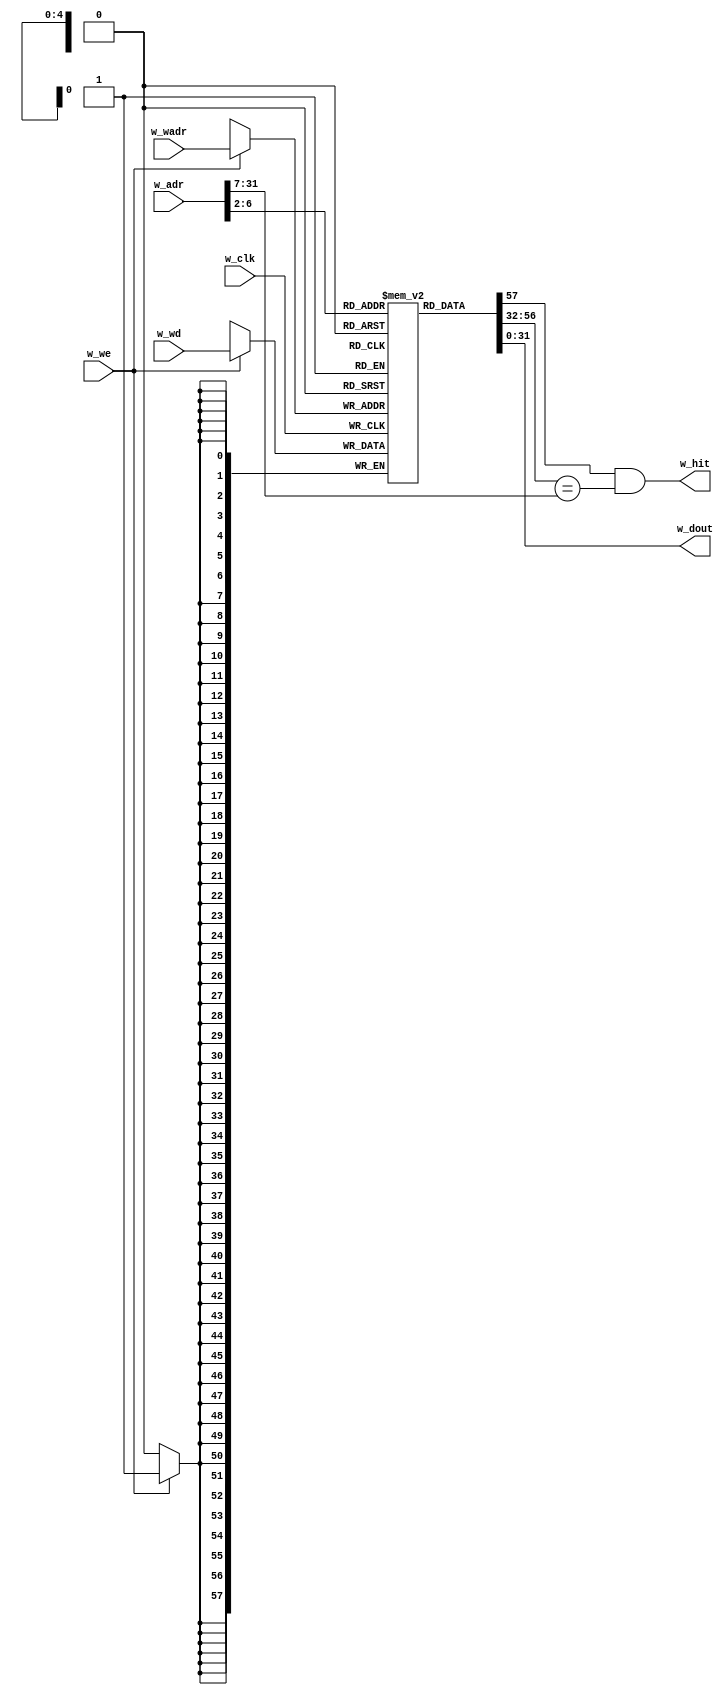
module m_cache1(w_clk, w_adr, w_hit, w_dout, w_wadr, w_we, w_wd);
  input  wire w_clk, w_we;
  input  wire [31:0] w_adr;
  input  wire [4:0] w_wadr;
  input  wire [57:0] w_wd;
  output wire w_hit;
  output wire [31:0] w_dout;
  wire w_v;
  wire [24:0] w_tag;
  reg [57:0] mem [0:31];
  always @(posedge w_clk) if (w_we) mem[w_wadr] <= w_wd;
  assign {w_v, w_tag, w_dout} = mem[w_adr[6:2]];
  assign w_hit = w_v & (w_tag==w_adr[31:7]);
  integer i; initial for (i=0; i<32; i=i+1) mem[i] = 0;
endmodule